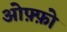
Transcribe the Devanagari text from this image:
ओफ़्फ़ो